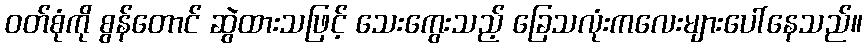
ဝတ်စုံကို စွန်တောင် ဆွဲထားသဖြင့် သေးကွေးသည့် ခြေသလုံးကလေးများပေါ်နေသည်။